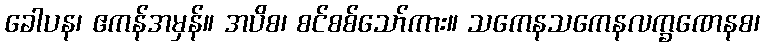
ခေါပန၊ ဧကန်အမှန်။ အပိစ၊ စင်စစ်သော်ကား။ သကေနသကေနလက္ခဏေနစ၊